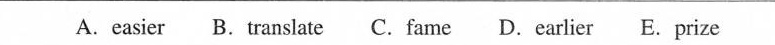
A.easier B. Translate C. Fame D.Earlier E. Prize